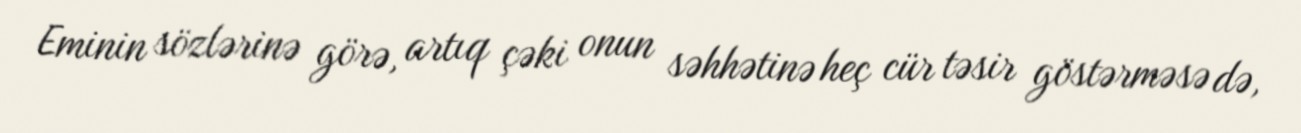
Eminin sözlərinə görə, artıq çəki onun səhhətinə heç cür təsir göstərməsə də,